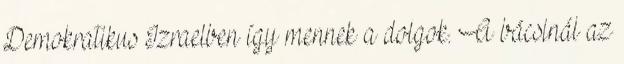
Demokratikus Izraelben így mennek a dolgok. A bácsinál az